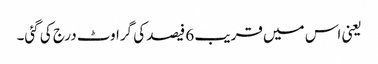
یعنی اس میں قریب 6 فیصد کی گراوٹ درج کی گئی۔